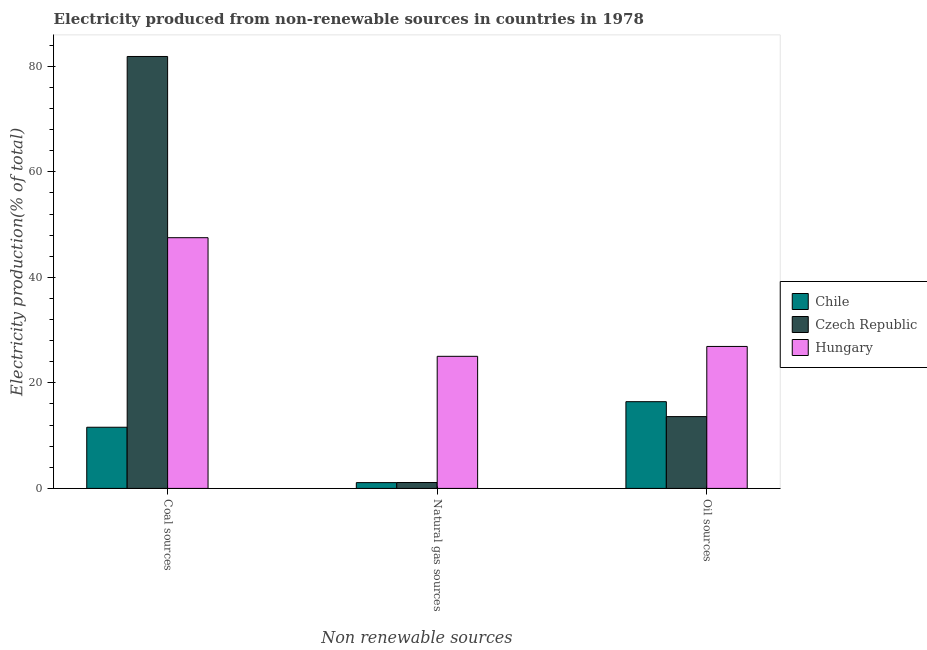
| Non renewable sources | Chile | Czech Republic | Hungary |
 | --- | --- | --- | --- |
 | Coal sources | 11.6 | 81.9 | 47.5 |
 | Natural gas sources | 1.1 | 1.12 | 25 |
 | Oil sources | 16.4 | 13.6 | 26.9 |